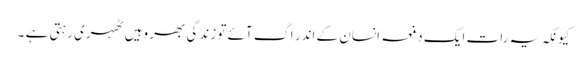
کیونکہ یہ رات ایک دفعہ انسان کے اندر اگ آئے تو زندگی بھر وہیں ٹھہری رہتی ہے ۔